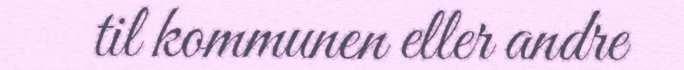
til kommunen eller andre